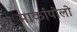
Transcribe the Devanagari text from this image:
मार्कापोलो